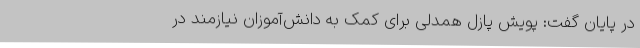
در پایان گفت: پویش پازل همدلی برای کمک به دانش‌آموزان نیازمند در